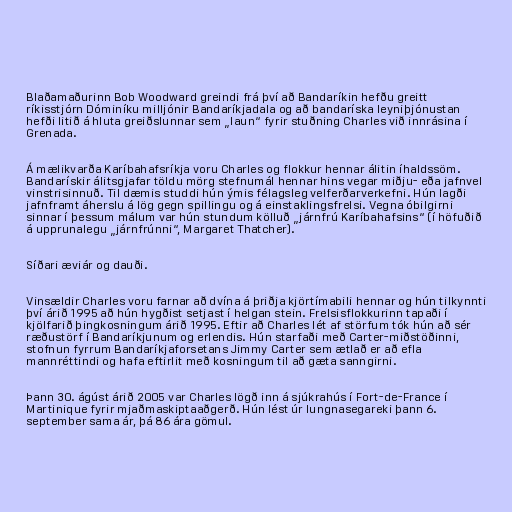
Blaðamaðurinn Bob Woodward greindi frá því að Bandaríkin hefðu greitt
ríkisstjórn Dóminíku milljónir Bandaríkjadala og að bandaríska leyniþjónustan
hefði litið á hluta greiðslunnar sem „laun“ fyrir stuðning Charles við innrásina í
Grenada.

Á mælikvarða Karíbahafsríkja voru Charles og flokkur hennar álitin íhaldssöm.
Bandarískir álitsgjafar töldu mörg stefnumál hennar hins vegar miðju- eða jafnvel
vinstrisinnuð. Til dæmis studdi hún ýmis félagsleg velferðarverkefni. Hún lagði
jafnframt áherslu á lög gegn spillingu og á einstaklingsfrelsi. Vegna óbilgirni
sinnar í þessum málum var hún stundum kölluð „járnfrú Karíbahafsins“ (í höfuðið
á upprunalegu „járnfrúnni“, Margaret Thatcher).

Síðari æviár og dauði.

Vinsældir Charles voru farnar að dvína á þriðja kjörtímabili hennar og hún tilkynnti
því árið 1995 að hún hygðist setjast í helgan stein. Frelsisflokkurinn tapaði í
kjölfarið þingkosningum árið 1995. Eftir að Charles lét af störfum tók hún að sér
ræðustörf í Bandaríkjunum og erlendis. Hún starfaði með Carter-miðstöðinni,
stofnun fyrrum Bandaríkjaforsetans Jimmy Carter sem ætlað er að efla
mannréttindi og hafa eftirlit með kosningum til að gæta sanngirni.

Þann 30. ágúst árið 2005 var Charles lögð inn á sjúkrahús í Fort-de-France í
Martinique fyrir mjaðmaskiptaaðgerð. Hún lést úr lungnasegareki þann 6.
september sama ár, þá 86 ára gömul.